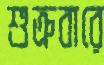
শুক্রবারে